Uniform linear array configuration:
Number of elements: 24
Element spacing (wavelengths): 0.25
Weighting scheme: uniform
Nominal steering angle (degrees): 60
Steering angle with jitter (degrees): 60.133
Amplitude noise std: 0.05
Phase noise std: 0.05

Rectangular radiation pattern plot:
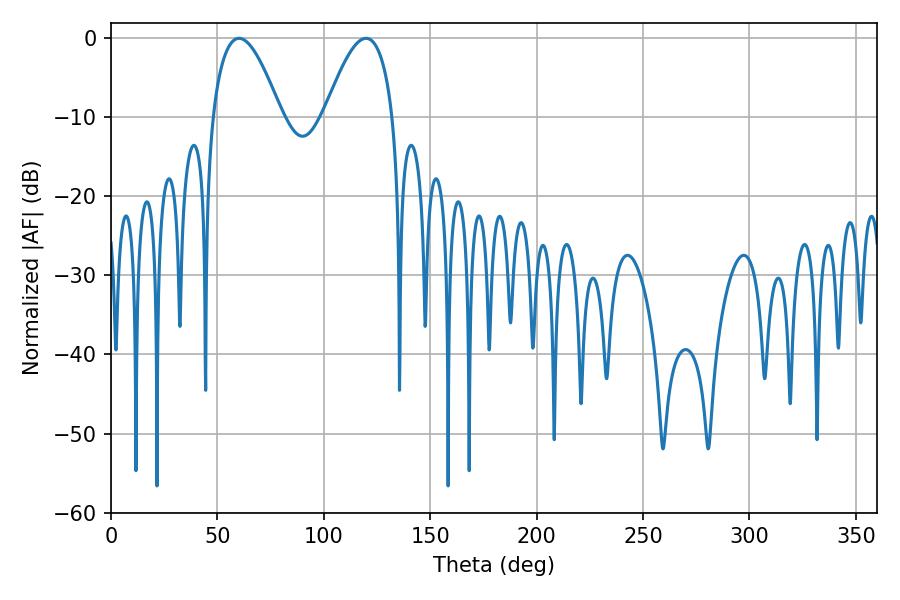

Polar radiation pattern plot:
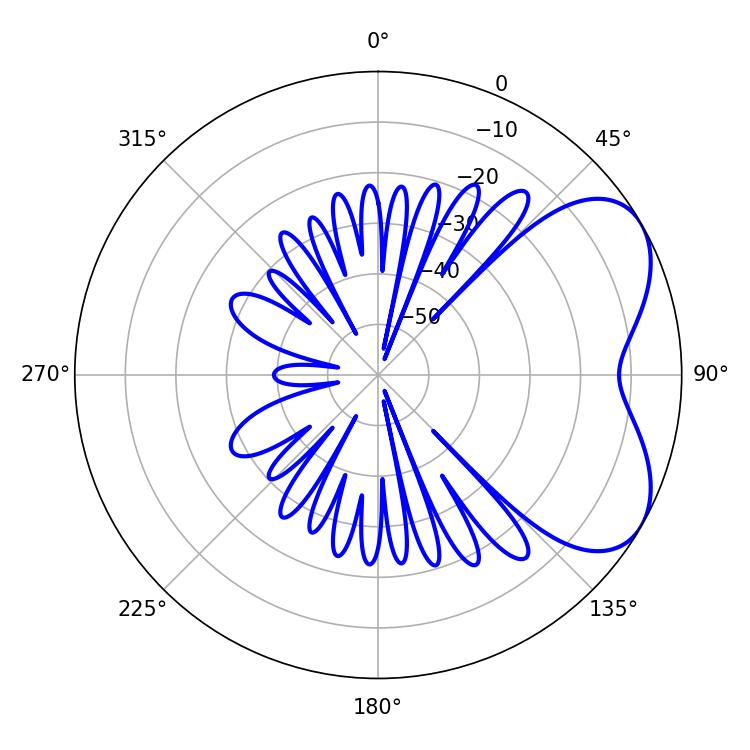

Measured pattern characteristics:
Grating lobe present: FALSE
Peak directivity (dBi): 5.22
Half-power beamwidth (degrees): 17.64
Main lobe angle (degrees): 60.12